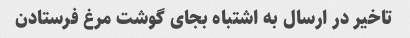
تاخیر در ارسال به اشتباه بجای گوشت مرغ فرستادن